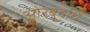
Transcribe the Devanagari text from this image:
ओरबुद्धि